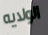
الولايه